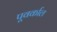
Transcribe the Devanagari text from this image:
पूवर्काल